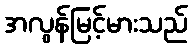
အလွန်မြင့်မားသည်